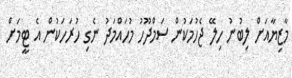
މާޒިޔާއަށް ލިބުނު ހިލޭ ޖެހުމަކުން ސަމްދޫހު މުހައްމަދު ނެގި ހުރަހަކުން އެ ޓީމަށް